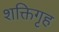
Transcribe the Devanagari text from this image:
शक्तिगृह